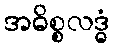
အဓိစ္စလဒ္ဓံ